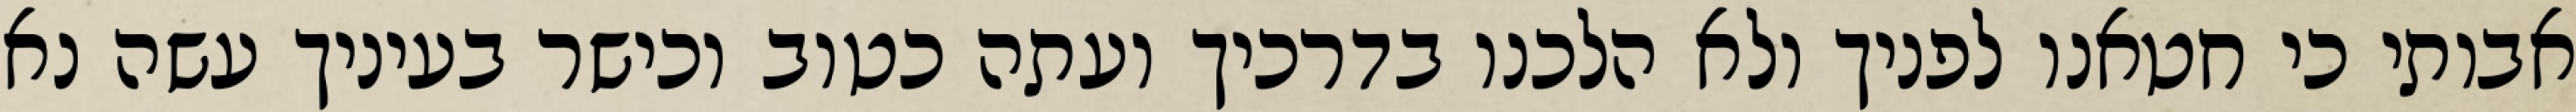
אבותי כי חטאנו לפניך ולא הלכנו בדרכיך ועתה כטוב וכישר בעיניך עשה נא